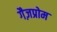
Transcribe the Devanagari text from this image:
गैज़प्रोम